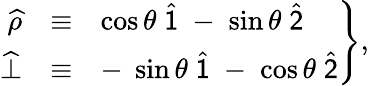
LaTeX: \left.\begin{array}{rcl}{\widehat{\rho}}&{\equiv}&{\cos\theta\; \widehat{\sf 1}\; -\; \sin\theta\; \widehat{\sf 2}}\\ {\widehat{\bot}}&{\equiv}&{-\; \sin\theta\; \widehat{\sf 1}\; -\; \cos\theta\; \widehat{\sf 2}}\end{array}\right\} ,